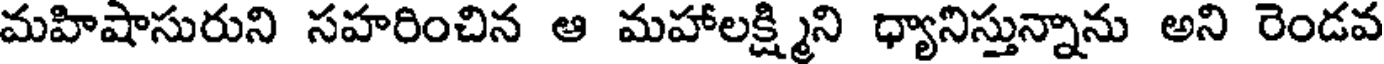
మహిషాసురుని సహరించిన ఆ మహాలక్ష్మిని ధ్యానిస్తున్నాను అని రెండవ